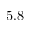
5 . 8